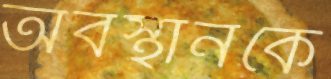
অবস্থানকে